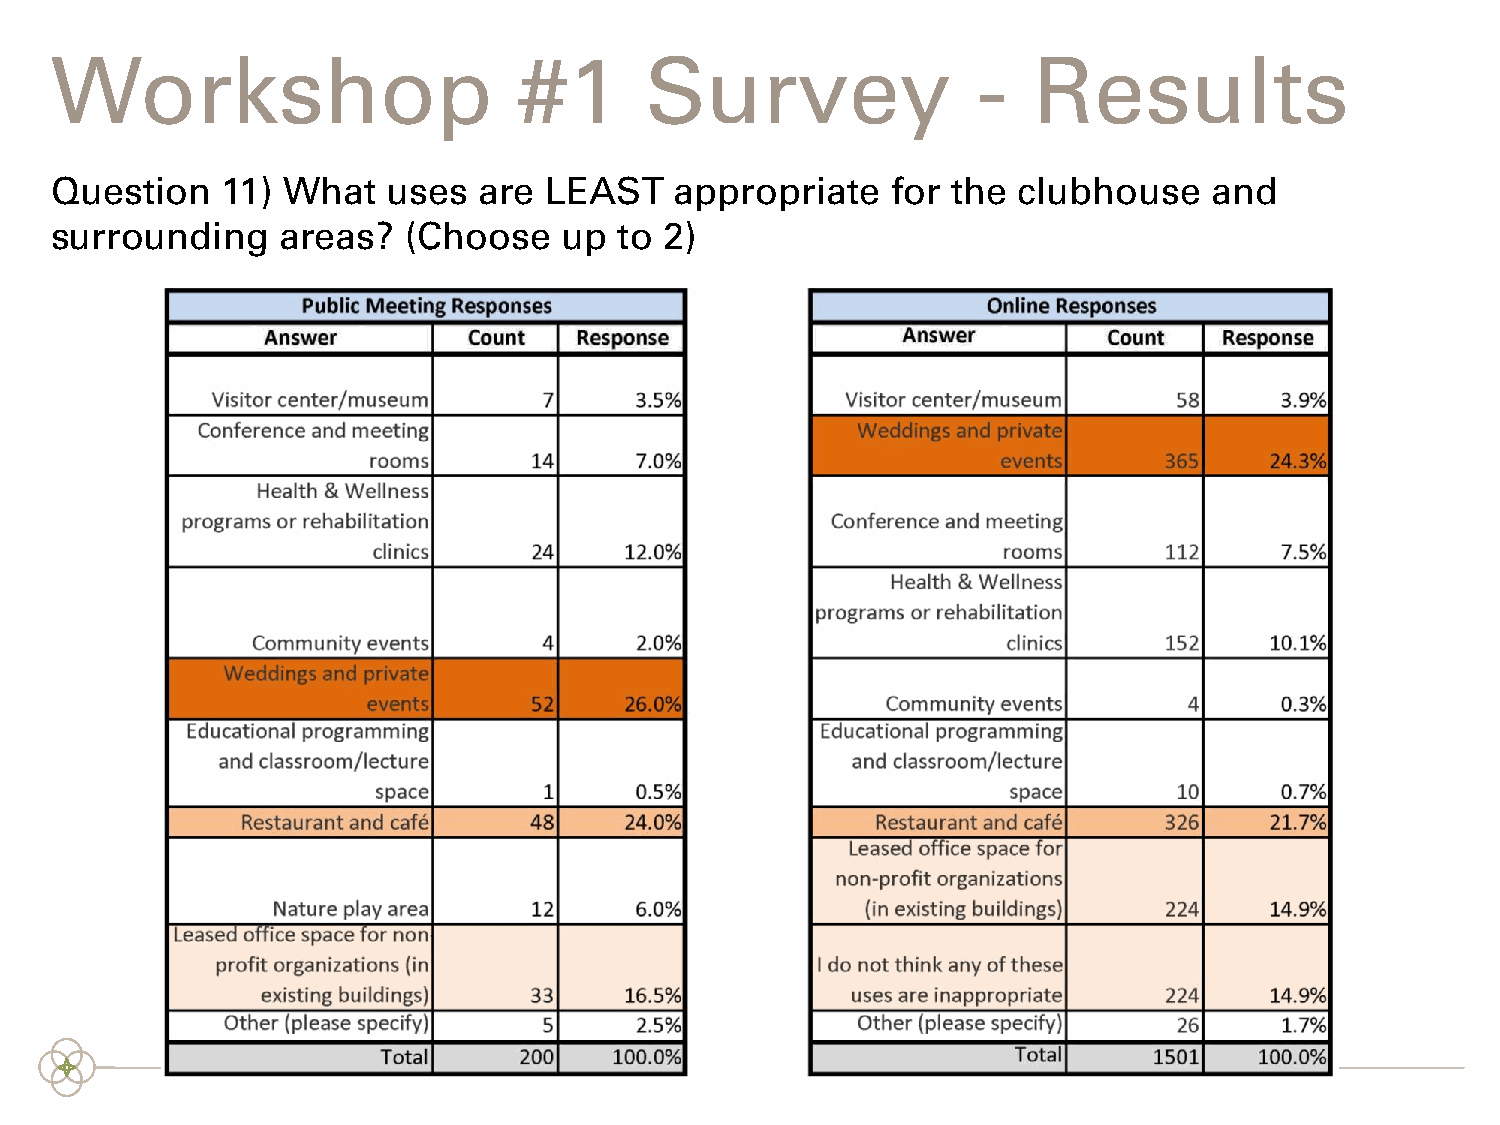
Workshop                       #1       Survey                -  Results
 Question    11) What   uses  are LEAST    appropriate   for the clubhouse    and
 surrounding     areas?  (Choose   up  to 2)